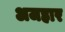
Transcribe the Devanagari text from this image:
अजहार